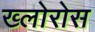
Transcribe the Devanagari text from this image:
ख्लोरोस